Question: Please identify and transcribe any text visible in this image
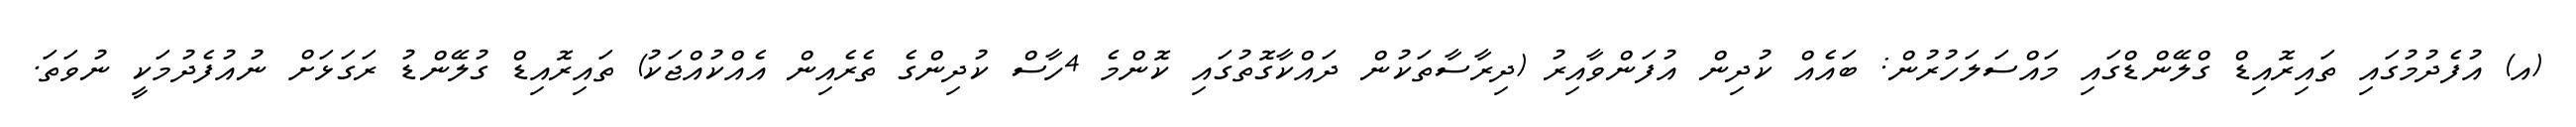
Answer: (އ) އުފެދުމުގައި ތައިރޮއިޑް ގްލޭންޑްގައި މައްސަލަހުރުން: ބައެއް ކުދިން އުފަންވާއިރު (ދިރާސާތަކުން ދައްކާގޮތުގައި ކޮންމެ 4ހާސް ކުދިންގެ ތެރެއިން އެއްކުއްޖަކު) ތައިރޮއިޑް ގުލޭންޑު ރަގަޅަށް ނުއުފެދުމަކީ ނުވަތަ.